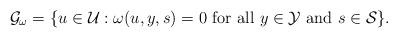
LaTeX: \begin{align*}\mathcal{G}_{\omega}=\{u\in\mathcal{U}: \omega(u,y,s)=0\mbox{ for all }y\in\mathcal{Y}\mbox{ and }s\in\mathcal{S}\}.\end{align*}